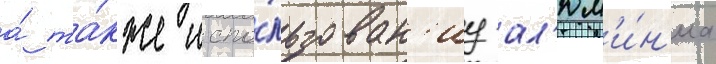
а́ та́кже испо́льзован'иу ал'юм'и́н'иа